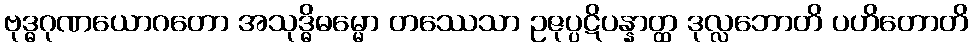
ဗုဒ္ဓဂုဏယောဂတော အသုဒ္ဓိဓမ္မော တဿေသာ ဥဇုပ္ပဋိပန္နာတ္ထ ဒုလ္လဘောတိ ပဟိတောတိ